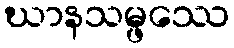
ဃာနသမ္ဖဿေ